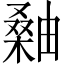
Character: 𪳫